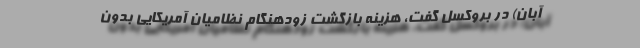
آبان) در بروکسل گفت، هزینه بازگشت زودهنگام نظامیان آمریکایی بدون